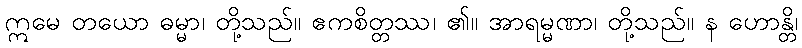
ဣမေ တယော ဓမ္မာ၊ တို့သည်။ ဧကစိတ္တဿ၊ ၏။ အာရမ္မဏာ၊ တို့သည်။ န ဟောန္တိ၊